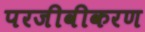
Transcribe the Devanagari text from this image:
परजीवीकरण